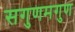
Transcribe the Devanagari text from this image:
सगुणमगुण